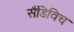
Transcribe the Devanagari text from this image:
सैंडिविच